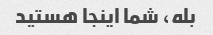
بله، شما اینجا هستید